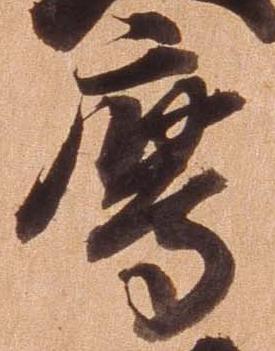
鷹